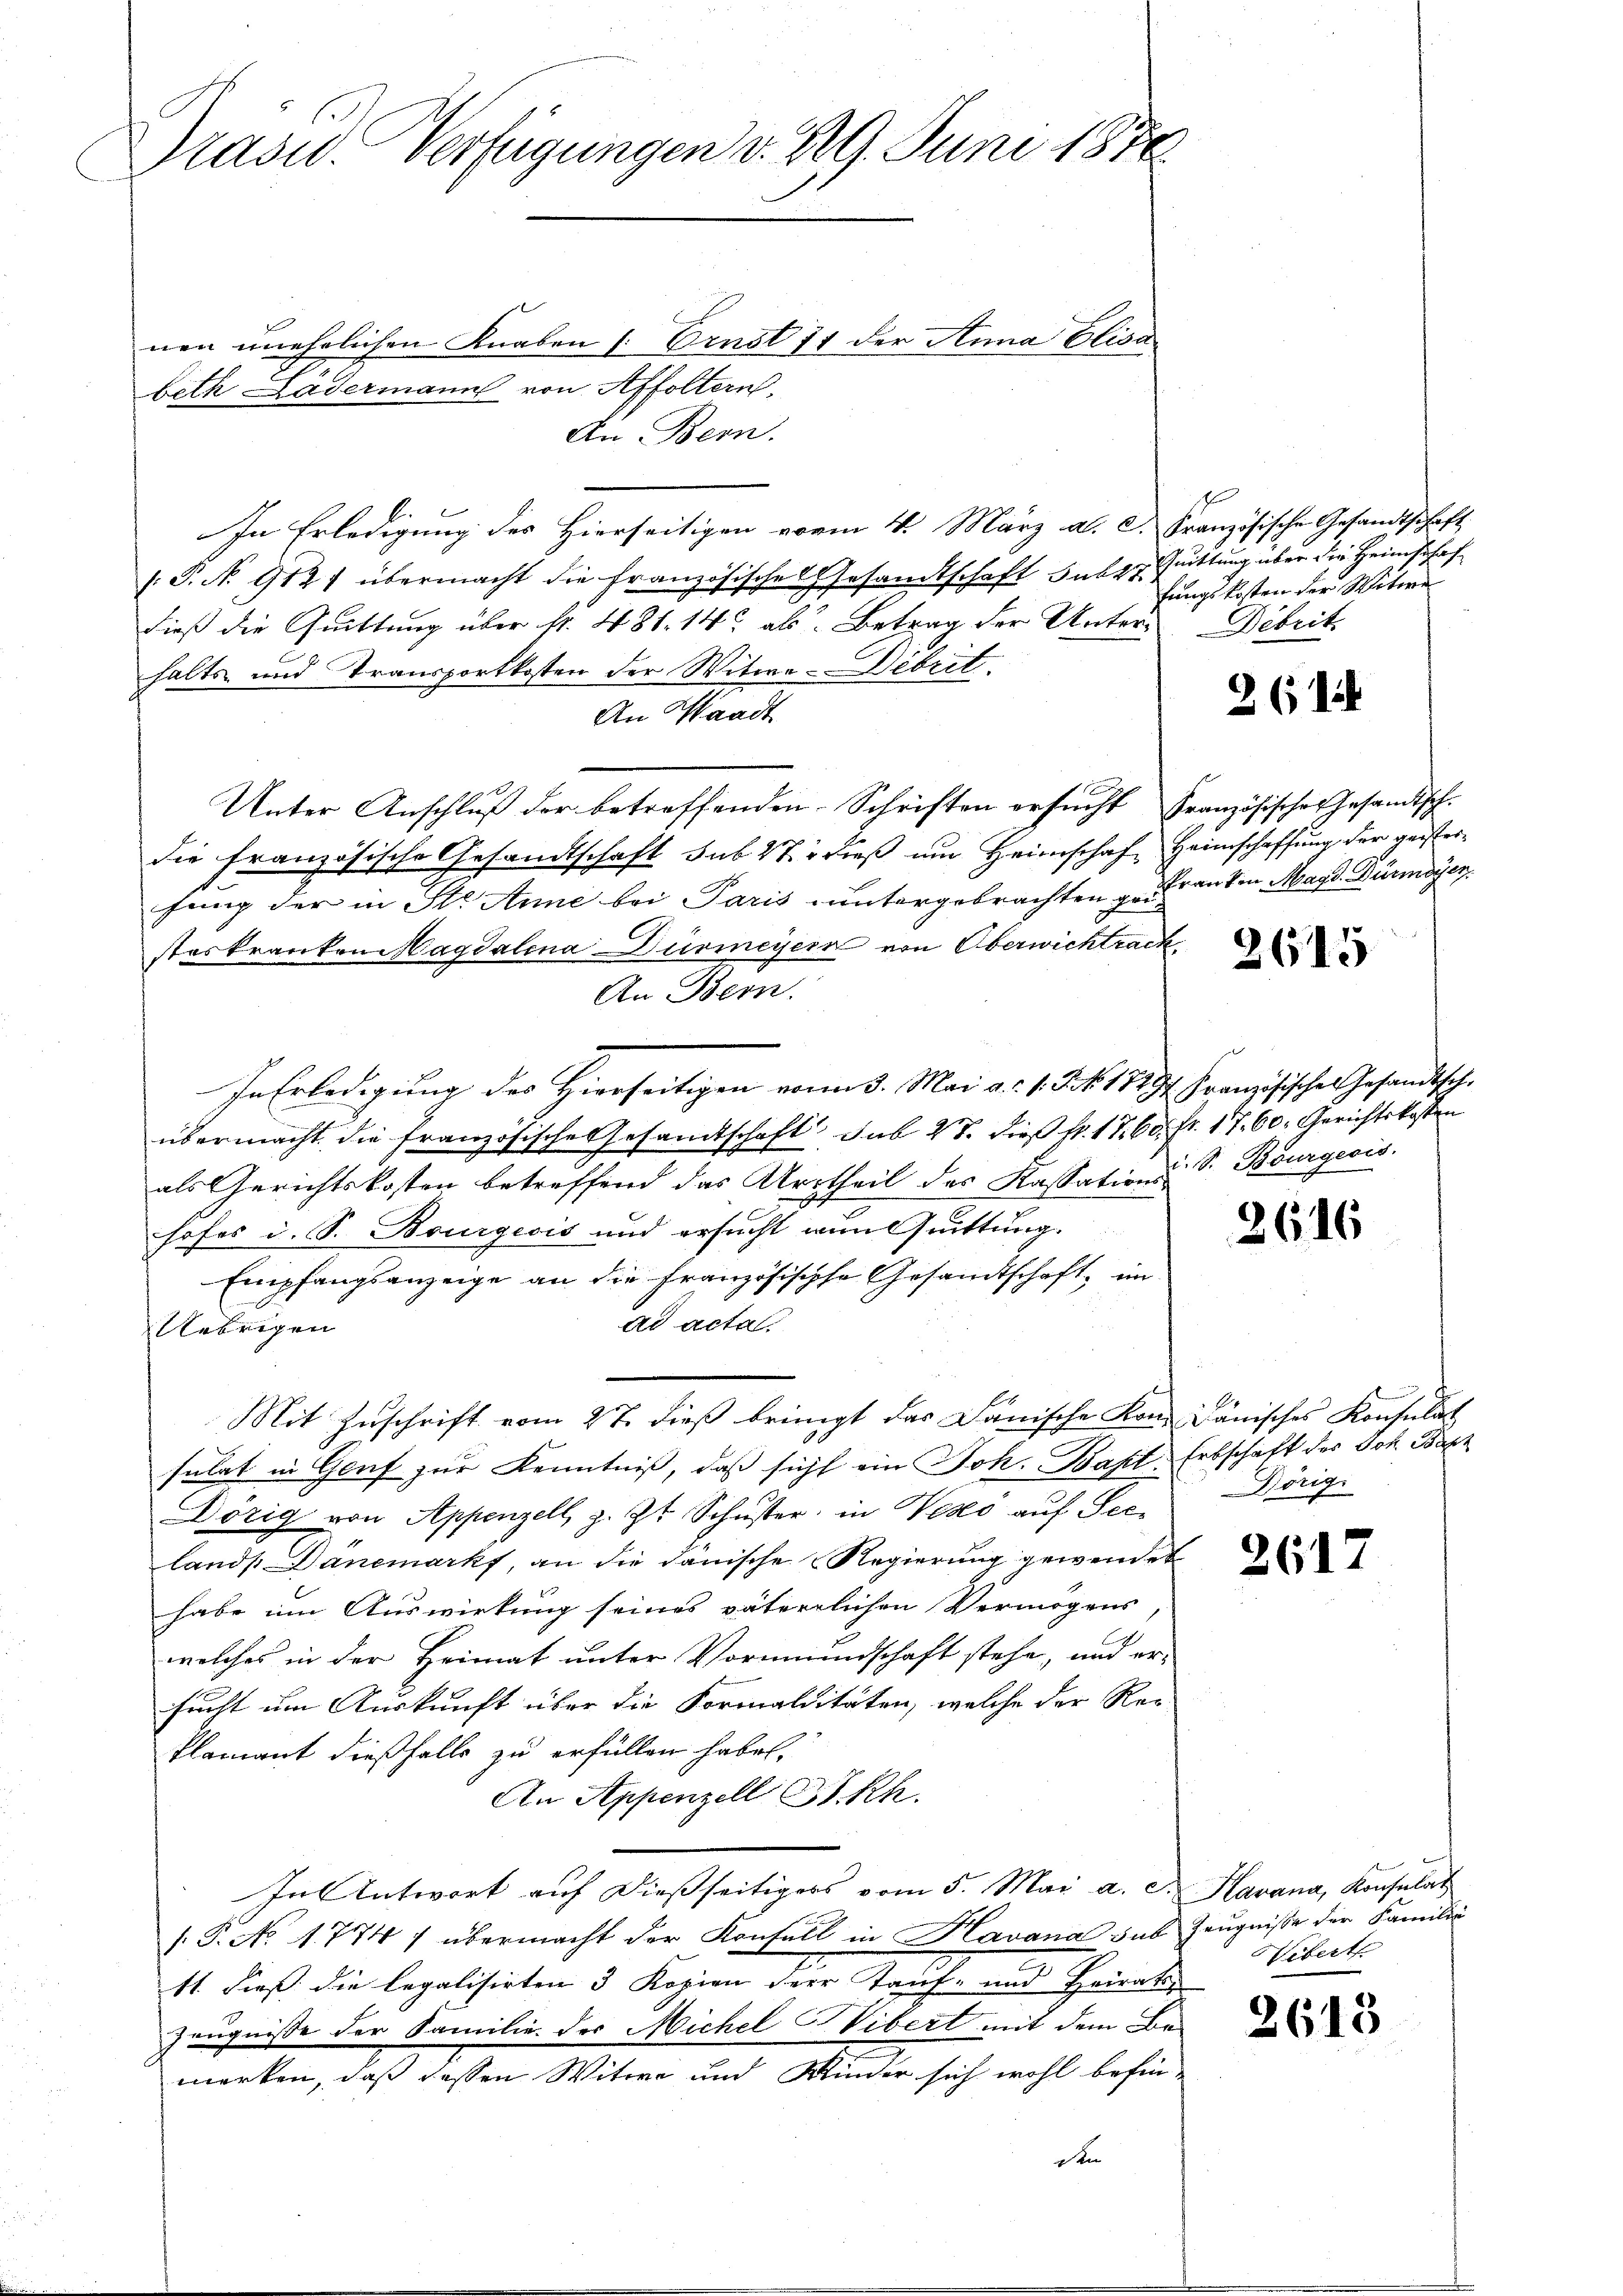
Präsid. Verfügungen v. 29. Juni 1876

nen unehelichen Knaben 1. Ernst 71 der Anna Elisa
beth Lädermann von Affoltern.
An Bern.
In Erledigung des Hierseitigen vom 4. März a. c. französische Gesandtschaft
[.P. N. 912) übermacht die Französische Gesandtschaft Satz. Quittung über die Heimschaf
dieß die Quittung über sr. 481. 142 als Betrag der Unter-Dibrit
halts- und Transportkosten der Witwe-Dibrit
An Waadt
Unter Anschluß der betreffenden Schriften ersucht französisches Gesandtsch-
die französische Gesandtschaft sub Wir dieß um Heimschaf Heimschaffung der geisterhung der in St. Anne bei Paris untergebrachten Franken Magd. Dürmdien
steskranken Magdalena Dürmeyern von Oberwichtrach
An Bern.
In Erledigung des Hierseitigen von 3. Mai a. 1. Frk. 1713. Französischen Gesandtsch-
übermacht die französische Gesamtschaft sub 28. dieß fr. 17. 60. fr. 17. 60. Gerichtskosten
als Gerichtskosten betreffend das Urtheil des Kassations S. Bourgeois.
hofes d. S. Bourgeois und ersucht nun Quittung.
Empfangsanzeige an die französische Gesandtschaft, im
ad acta.
Uebrigen
Mit Zuschrift vom 27. dieß bringt das Janische Kon- dänisches Konsulat
sulat in Genf zur Kenntniß, daß sich ein Joh. Bast. Erbschaft des Joh. Bapt
Dörig von Appenzell, z. Zt. Schŭster, in Weges auf See-
land. Danemarkt, an die danische Regierung gewendet
habe um Auswirkung seines väterlichen Vermögens
C
welches in der Heimat unter Vormundschaft stehe, und er-
sucht um Auskunft über die Formalitäten, welche der Rec
Plamant dießfalls zu erfüllen haben.
An Appenzell I.Rh.
In Antwort auf dießseitigers vom 5. Mai a. c. Kavana, Konsulat
/: P. No 1774 / übermacht der Konfall in Havana sub Zeugniße der Familiä
11. dieß die legalisirten 3 Kopien der Tauf- und Heirats
Zeugnisse der Familie des Michel Vibert mit dem Be-
merken, daß dessen Witwe und Winder sich wohl befin-

d

s
fungskosten der Witwe

261

2615

2616

Dörig.

2617

Uibert

2613